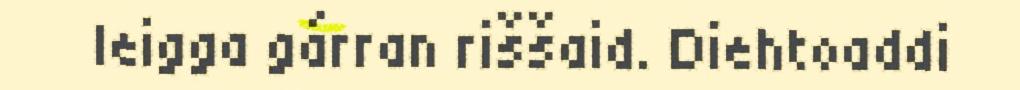
leigga gárran riššaid. Diehtoaddi